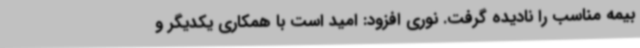
بیمه مناسب را نادیده گرفت. نوری افزود: امید است با همکاری یکدیگر و